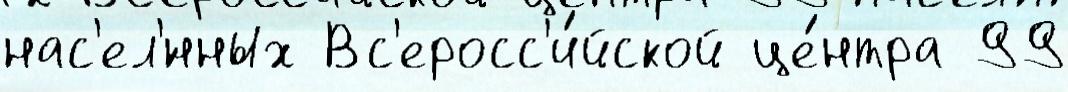
нас'ел'́нных Вс'еросс'и́йской це́нтра 99